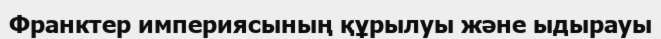
Франктер империясының құрылуы және ыдырауы